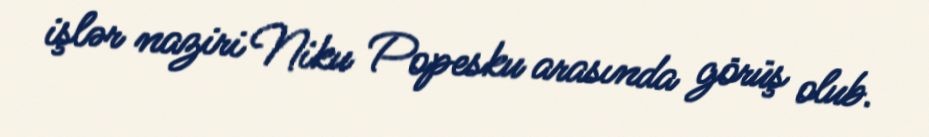
işlər naziri Niku Popesku arasında görüş olub.